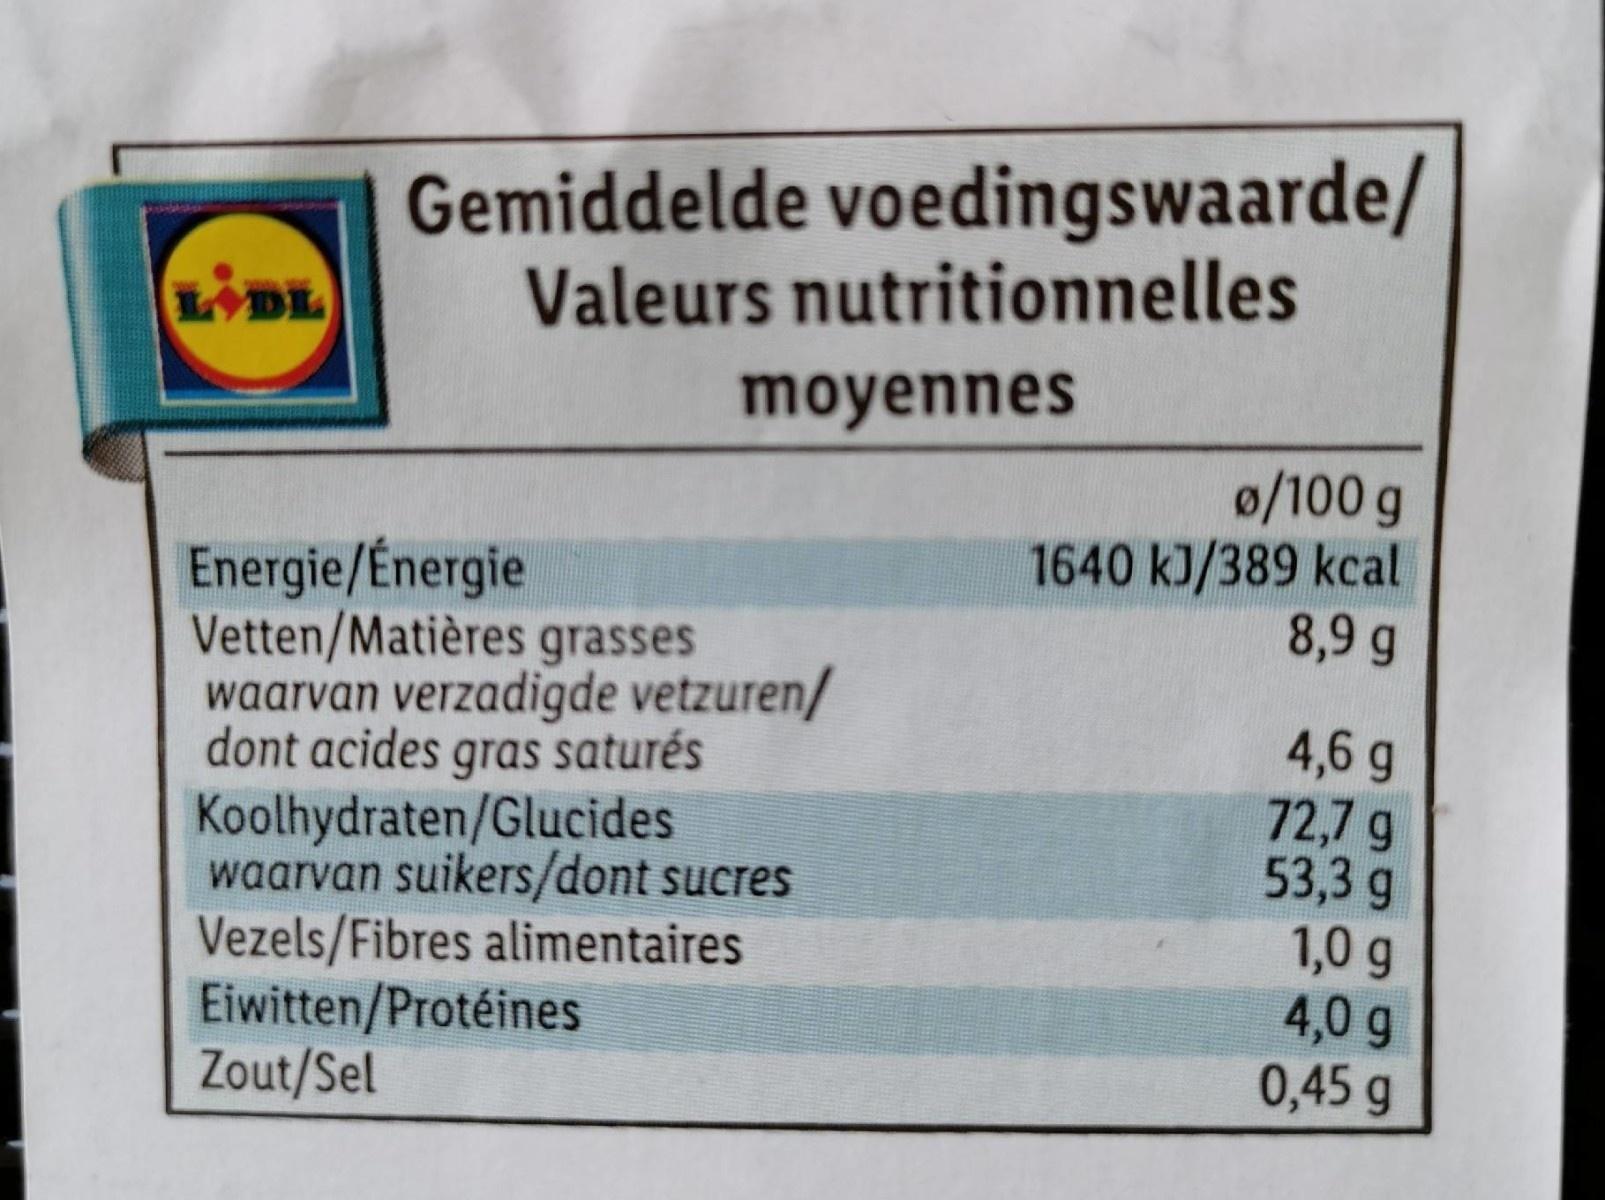
Gemiddelde voedingswaarde/ Valeurs nutritionnelles
DL
moyennes
0/100 g 1640 kJ/389 kcal 8,9 g
Energie/Énergie Vetten/Matières grasses waarvan verzadigde vetzuren/ dont acides gras saturés Koolhydraten/Glucides waarvan suikers/dont sucres Vezels/Fibres alimentaires Eiwitten/Protéines Zout/Sel
4,6 g 72,7 g 53,3 g 1,0 g 4,0 g 0,45 g